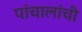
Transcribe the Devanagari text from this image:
पांचालांची